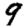
Digit: 9